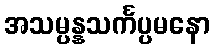
အသမ္ပန္နသင်္ကပ္ပမနော